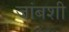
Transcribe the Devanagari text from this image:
जांबशी